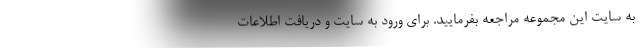
به سایت این مجموعه مراجعه بفرمایید. برای ورود به سایت و دریافت اطلاعات